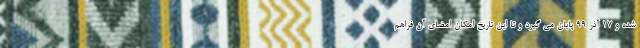
شده و 17 آذر 99 پایان می گیرد و تا این تاریخ امکان امضای آن فراهم